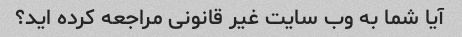
آیا شما به وب سایت غیر قانونی مراجعه کرده اید؟